Physiological action of certain drugs in tablet form - Number 52A
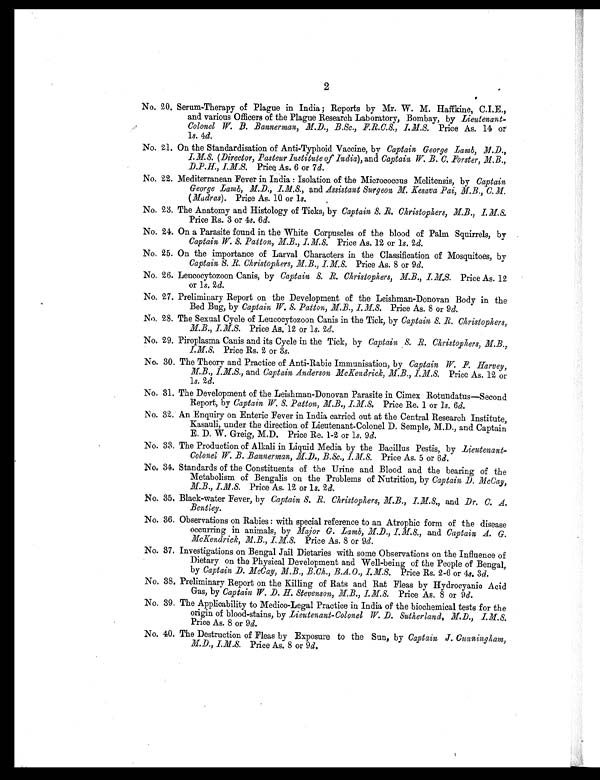
2
No. 20. Serum-Therapy of Plague in India; Reports by Mr. W. M. Haffkine, C.I.E.,
and various Officers of the Plague Research Laboratory, Bombay, by Lieutenant-
Colonel W. B . Bannerman, M.D., B.Sc., F. R.C.S., I. M. S. P r i c e A s . 1 4 o r
1s. 4d.
No. 21. On the Standardisation of Anti-Typhoid Vaccine, by Captain George Lamb, M.D.,
I. M. S. (Director, Pasteur Institute of India), and Captain W. B. C. Forster, M. B.,
D. P. H., I. M. S. Price As. 6 or 7 d.
No. 22. Mediterranean Fever in India : Isolation of the Micrococcus Melitensis, by Captain
George Lamb, M.D., I.M.S., and Assistant Surgeon M. Kesava Pai, M. B., C. M.
(Madras). Price As. 10 or 1s.
No. 23. The Anatomy and Histology of Ticks, by Captain S. R. Christophers, M. B., I. M. S.
Price Rs. 3 or 4s. 6 d.
No. 24. On a Parasite found in the White Corpuscles of the blood of Palm Squirrels, by
Captain W. S. Patton, M.B., I. M. S. Price As. 12 or 1s. 2d.
No. 25. On the importance of Larval Characters in the Classification of Mosquitoes, by
Captain S. R. Christophers, M. B., I. M. S. Price As. 8 or 9 d.
No. 26. Leucocytozoon Canis, by Captain S. R. Christophers, M. B., I. M. S. Price As. 12
or 1s. 2 d.
No. 27 . Preliminary Report on the Development of the Leishman-Donovan Body in the
Bed Bug, by Captain W. S. Patton, M. B., I. M. S. Price As. 8 or 9 d.
No. 28. The Sexual Cycle of Leucocytozoon Canis in the Tick, by Captain S. R. Christophers,
M. B., I. M. S. Price As. 12 or 1s. 2d.
No. 29. Piroplasma Canis and its Cycle in the Tick, by Captain S. B. Christophers, M.B.,
I. M. S. Price Rs. 2 or 3s.
No. 30. The Theory and Practice of Anti-Rabic Immunisation, by Captain W. F. Harvey,
M. B., I.M.S., and Captain Anderson McKendrick, M.B., I. M. S. Price As. 12 or
1s. 2d.
No. 31. The Development of the Leishman-Donovan Parasite in Cimex Rotundatus—Second
Report, by Captain W. S. Patton, M.B., I. M. S. Price Re. 1 or 1s. 6d.
No. 32. An Enquiry on Enteric Fever in India carried out at the Central Research Institute,
Kasauli, under the direction of Lieutenant-Colonel D. Semple, M. D., and Captain
E. D. W. Greig, M. D. Price Re. 1-2 or 1s. 9 d.
No. 33. The Production of Alkali in Liquid Media by the Bacillus Pestis, by Lieutenant-
Colonel W. B. Bannerman, M.D., B.Sc., I.M.S. Price As. 5 or 6 d.
No. 34. Standards of the Constituents of the Urine and Blood and the bearing of the
Metabolism of Bengalis on the Problems of Nutrition, by Captain D. McCay,
M. B., I. M. S. Price As. 12 or 1s . 2
d .
No. 35. Black-water Fever, by Captain S. R. Christophers, M. B., I. M. S., and Dr. C. A.
Bentley.
No. 36. Observations on Rabies : with special reference to an Atrophic form of the disease
occurring in animals, by Major G. Lamb, M.D., I. M. S., and Captain A. G.
McKendrick, M.B., I. M. S. Price As. 8 or 9d.
No. 37. Investigations on Bengal Jail Dietaries with some Observations on the Influence of
Dietary on the Physical Development and Well-being of the People of Bengal,
by Captain D. McCay, M. B., B.Ch., B.A. O ., I.M.S. Price Rs. 2-6 or 4s. 3d.
No. 38. Preliminary Report on the Killing of Rats and Rat Fleas by Hydrocyanic Acid
Gas, by Captain W. D. H. Stevenson, M.B., I. M.S. Price As. 8 or 9 d.
No. 39. The Applicability to Medico-Legal Practice in India of the biochemical tests for the
origin of blood-stains, by Lieutenant-Colonel W. D. Sutherland, M.D., I.M.S.
Price As. 8 or 9 d.
No. 40. The Destruction of Fleas by Exposure to the Sun, by Captain J. Cunningham,
M.D., I.M.S. Price As. 8 or 9 d.